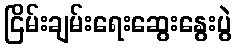
ငြိမ်းချမ်းရေးဆွေးနွေးပွဲ